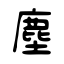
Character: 塵